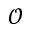
\mathcal { O }